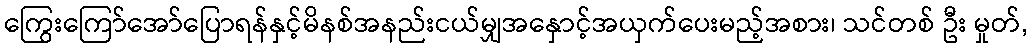
ကြွေးကြော်အော်ပြောရန်နှင့်မိနစ်အနည်းငယ်မျှအနှောင့်အယှက်ပေးမည့်အစား၊ သင်တစ် ဦး မှုတ်,